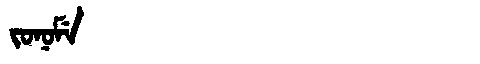
Manchu: ᠵᠣᠨᠣᠮᡝ
Romanization: JONOME